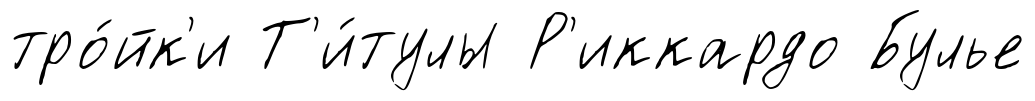
тро́йк'и Т'и́тулы Р'иккардо Булье